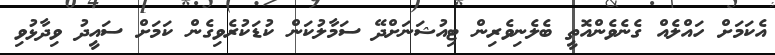
އެކަމަށް ހައްލެއް ގެނެވެންއޮތީ ބެލެނިވެރިން ޓިއުޝަނަށްދޭ ސަމާލުކަން ކުޑަކުރެވިގެން ކަމަށް ސައީދު ވިދާޅުވި